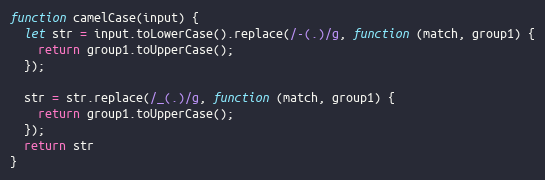
Language: JavaScript
function camelCase(input) {
  let str = input.toLowerCase().replace(/-(.)/g, function (match, group1) {
    return group1.toUpperCase();
  });

  str = str.replace(/_(.)/g, function (match, group1) {
    return group1.toUpperCase();
  });
  return str
}